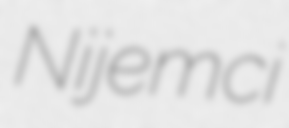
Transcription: Nijemci